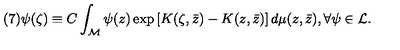
( 7 ) \psi ( \zeta ) \equiv C \int _ { \cal M } \psi ( z ) \exp \left[ K ( \zeta , \bar { z } ) - K ( z , \bar { z } ) \right] d \mu ( z , \bar { z } ) , \forall \psi \in { \cal L } .